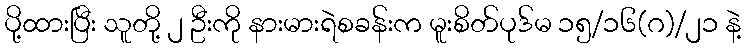
ပို့ထားပြီး သူတို့ ၂ ဦးကို နားမားရဲစခန်းက မူးစိတ်ပုဒ်မ ၁၅/၁၆(ဂ)/၂၁ နဲ့